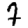
Digit: 7